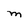
Character: M